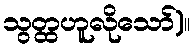
သွတ္ထဟူလိုသော်)။